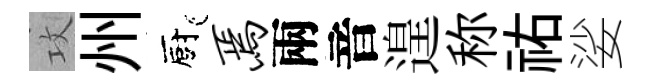
攻州廚焉兩音遑称祐娑